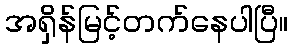
အရှိန်မြင့်တက်နေပါပြီ။